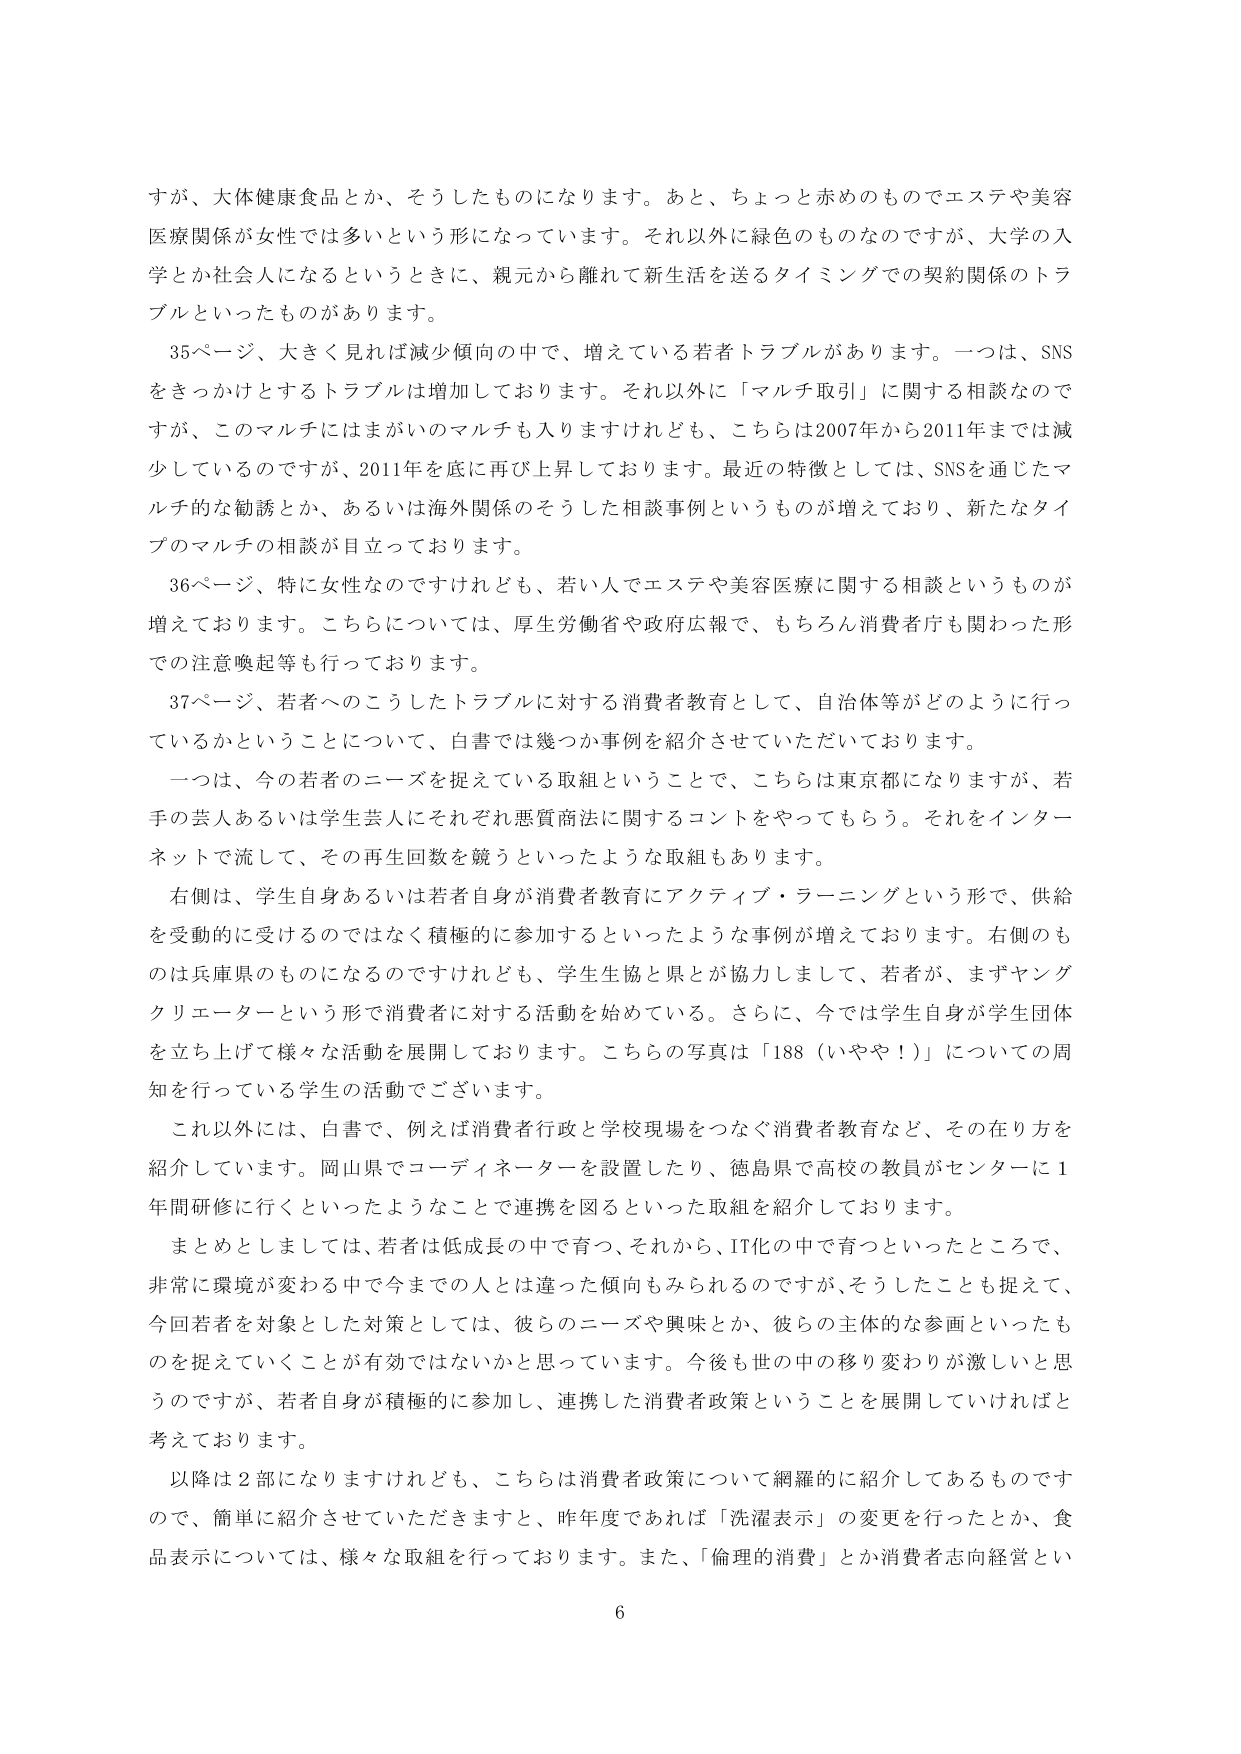
すが、大体健康食品とか、そうしたものになります。あと、ちょっと赤めのものでエステや美容医療関係が女性では多いという形になっています。それ以外に緑色のものなのですが、大学の入学とか社会人になるというときに、親元から離れて新生活を送るタイミングでの契約関係のトラブルといったものがあります。

35ページ、大きく見れば減少傾向の中で、増えている若者トラブルがあります。一つは、SNSをきっかけとするトラブルは増加しております。それ以外に「マルチ取引」に関する相談なのですが、このマルチにはまがいのマルチも入りますけれども、こちらは2007年から2011年までは減少しているのですが、2011年を底に再び上昇しております。最近の特徴としては、SNSを通じたマルチ的な勧誘とか、あるいは海外関係のそうした相談事例というものが増えており、新たなタイプのマルチの相談が目立っております。

36ページ、特に女性なのですがけれども、若い人でエステや美容医療に関する相談というものが増えております。こちらについては、厚生労働省や政府広報で、もちろん消費者庁も関わった形での注意喚起等も行っております。

37ページ、若者へのこうしたトラブルに対する消費者教育として、自治体等がどのように行っているかということについて、白書では幾つか事例を紹介させていただいております。

一つは、今の若者のニーズを捉えている取組ということで、こちらは東京都になりますが、若手の芸人あるいは学生芸人にそれぞれ悪質商法に関するコントをやってもらう。それをインターネットで流して、その再生回数を競うといったような取組もあります。

右側は、学生自身あるいは若者自身が消費者教育にアクティブ・ラーニングという形で、供給を受動的に受けるのではなく積極的に参加するといったような事例が増えております。右側のものは兵庫県のものになるのですけれども、学生生協と県とが協力しまして、若者が、まずヤングクリエーターという形で消費者に対する活動を始めている。さらに、今では学生自身が学生団体を立ち上げて様々な活動を展開しております。こちらの写真は「188（いやや！）」についての周知を行っている学生の活動でございます。

これ以外には、白書で、例えば消費者行政と学校現場をつなぐ消費者教育など、その在り方を紹介しています。岡山県でコーディネーターを設置したり、徳島県で高校の教員がセンターに1年間研修に行くといったようなことで連携を図るといった取組を紹介しております。

まとめとしましては、若者は低成長の中で育つ、それから、IT化の中で育つといったところで、非常に環境が変わる中で今までの人とは違った傾向もみられるのですが、そうしたことも捉えて、今回若者を対象とした対策としては、彼らのニーズや興味とか、彼らの主体的な参画といったものを捉えていくことが有効ではないかと思っています。今後も世の中の移り変わりが激しいと思うのですが、若者自身が積極的に参加し、連携した消費者政策ということを展開していければと考えております。

以降は2部になりますけれども、こちらは消費者政策について網羅的に紹介してあるものですので、簡単に紹介させていただきますと、昨年度であれば「洗濯表示」の変更を行ったとか、食品表示については、様々な取組を行っております。また、「倫理的消費」とか消費者志向経営とい

6